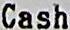
CASH